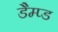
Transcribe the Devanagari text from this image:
डैम्प्ड